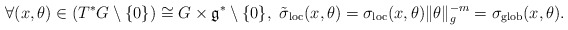
\begin{align*} \forall (x,\theta)\in (T^*G\setminus \{0\})\cong G\times \mathfrak{g}^*\setminus \{0\},\,\, \tilde \sigma_{\textnormal{loc}}(x,\theta)=\sigma_{\textnormal{loc}}(x,\theta)\|\theta\|_g^{-m}= \sigma_{\textnormal{glob}}(x,\theta).\end{align*}